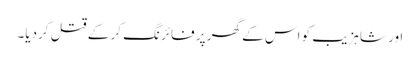
اور شاہزیب کو اس کے گھر پر فائرنگ کر کے قتل کردیا۔